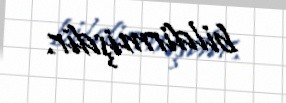
bildirmişdir.